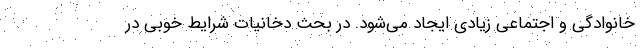
خانوادگی و اجتماعی زیادی ایجاد می‌شود. در بحث دخانیات شرایط خوبی در